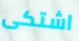
اشتكى